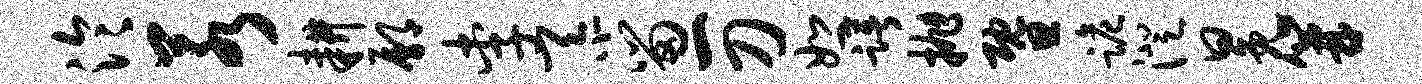
泠若耕鄢李忝留一刀恕躇抛暨跪澄冕篝